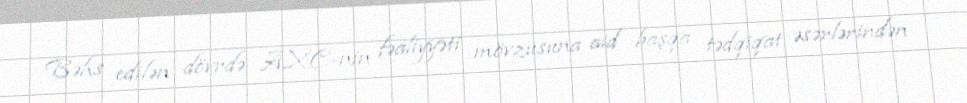
Bəhs edilən dövrdə AXC-nin fəaliyyəti mövzusuna aid başqa tədqiqat əsərlərindən